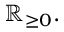
\mathbb { R } _ { \geq 0 } .